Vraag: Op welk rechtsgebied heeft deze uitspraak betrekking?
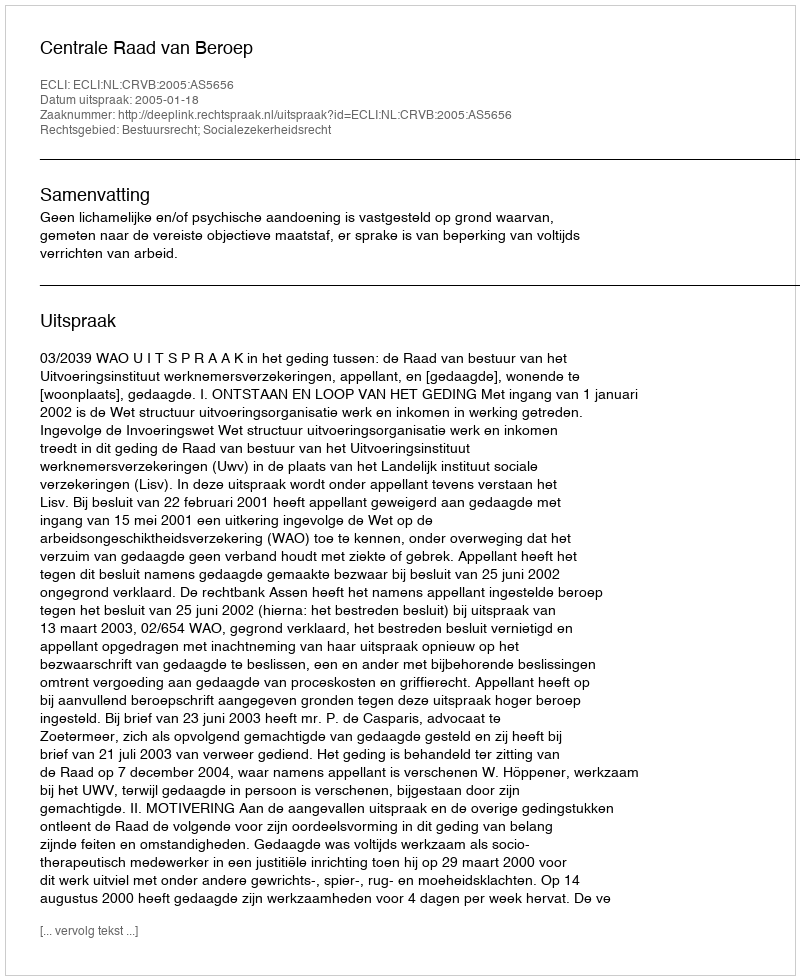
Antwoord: Bestuursrecht; Socialezekerheidsrecht